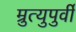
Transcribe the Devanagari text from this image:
म्रुत्युपुर्वी